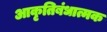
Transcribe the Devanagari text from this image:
आकृतिबंधात्मक